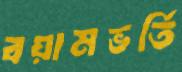
বয়ামভর্তি